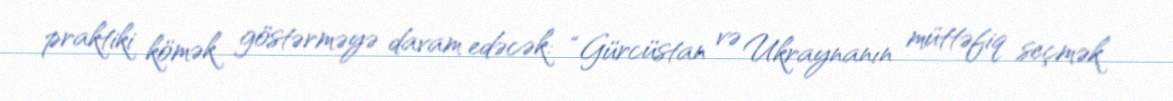
praktiki kömək göstərməyə davam edəcək: “Gürcüstan və Ukraynanın müttəfiq seçmək